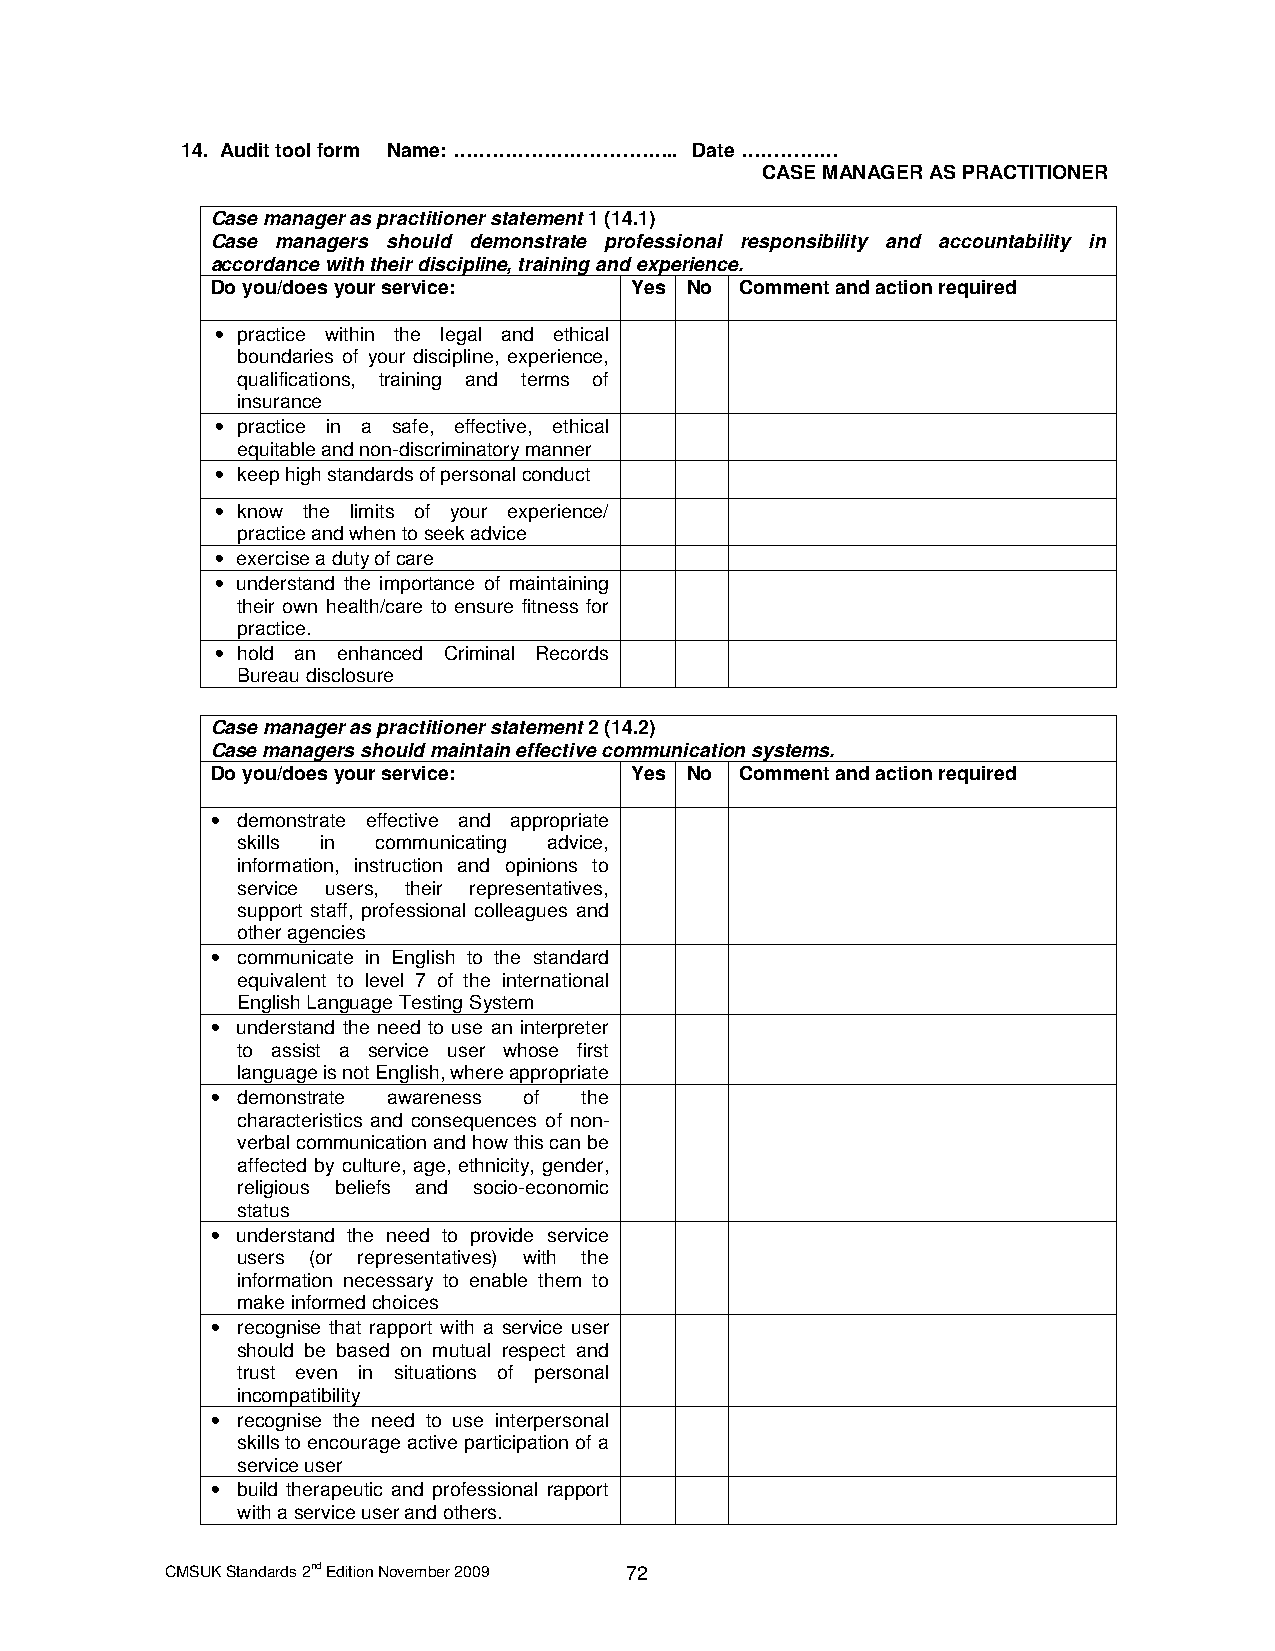
14. Audit tool form Name: …………………………….. Date ……………
 CASE MANAGER AS PRACTITIONER
 Case manager as practitioner statement 1 (14.1)
 Case managers should demonstrate professional responsibility and accountability in
 accordance with their discipline, training and experience.
 Do you/does your service:   Yes No Comment and action required
 • practice within the legal and ethical
 boundaries of your discipline, experience,
 qualifications, training and terms of
 insurance
 • practice in a safe, effective, ethical
 equitable and non-discriminatory manner
 • keep high standards of personal conduct
 • know the limits of your experience/
 practice and when to seek advice
 • exercise a duty of care
 • understand the importance of maintaining
 their own health/care to ensure fitness for
 practice.
 • hold an enhanced Criminal Records
 Bureau disclosure
 Case manager as practitioner statement 2 (14.2)
 Case managers should maintain effective communication systems.
 Do you/does your service:   Yes No Comment and action required
 • demonstrate effective and appropriate
 skills in communicating advice,
 information, instruction and opinions to
 service users, their representatives,
 support staff, professional colleagues and
 other agencies
 • communicate in English to the standard
 equivalent to level 7 of the international
 English Language Testing System
 • understand the need to use an interpreter
 to assist a service user whose first
 language is not English, where appropriate
 • demonstrate awareness of the
 characteristics and consequences of non-
 verbal communication and how this can be
 affected by culture, age, ethnicity, gender,
 religious beliefs and socio-economic
 status
 • understand the need to provide service
 users (or representatives) with the
 information necessary to enable them to
 make informed choices
 • recognise that rapport with a service user
 should be based on mutual respect and
 trust even in situations of personal
 incompatibility
 • recognise the need to use interpersonal
 skills to encourage active participation of a
 service user
 • build therapeutic and professional rapport
 with a service user and others.
 CMSUK Standards 2nd Edition November 2009 72